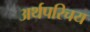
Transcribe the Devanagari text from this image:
अर्थपरिचय